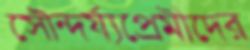
সৌন্দর্য্যপ্রেমীদের